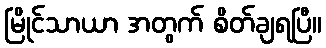
မြိုင်သာယာ အတွက် စိတ်ချရပြီ။